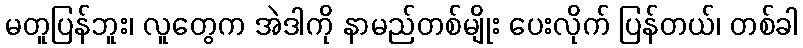
မတူပြန်ဘူး၊ လူတွေက အဲဒါကို နာမည်တစ်မျိုး ပေးလိုက် ပြန်တယ်၊ တစ်ခါ